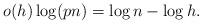
LaTeX: \begin{align*} o(h)\log(pn)=\log n - \log h.\end{align*}